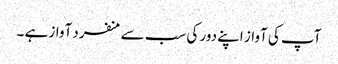
آپ کی آواز اپنے دور کی سب سے منفرد آواز ہے ۔